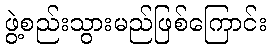
ဖွဲ့စည်းသွားမည်ဖြစ်ကြောင်း